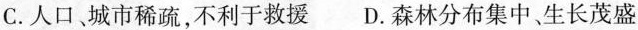
C.人口城市稀疏，不利于救援D.森林分布集中、生长茂盛